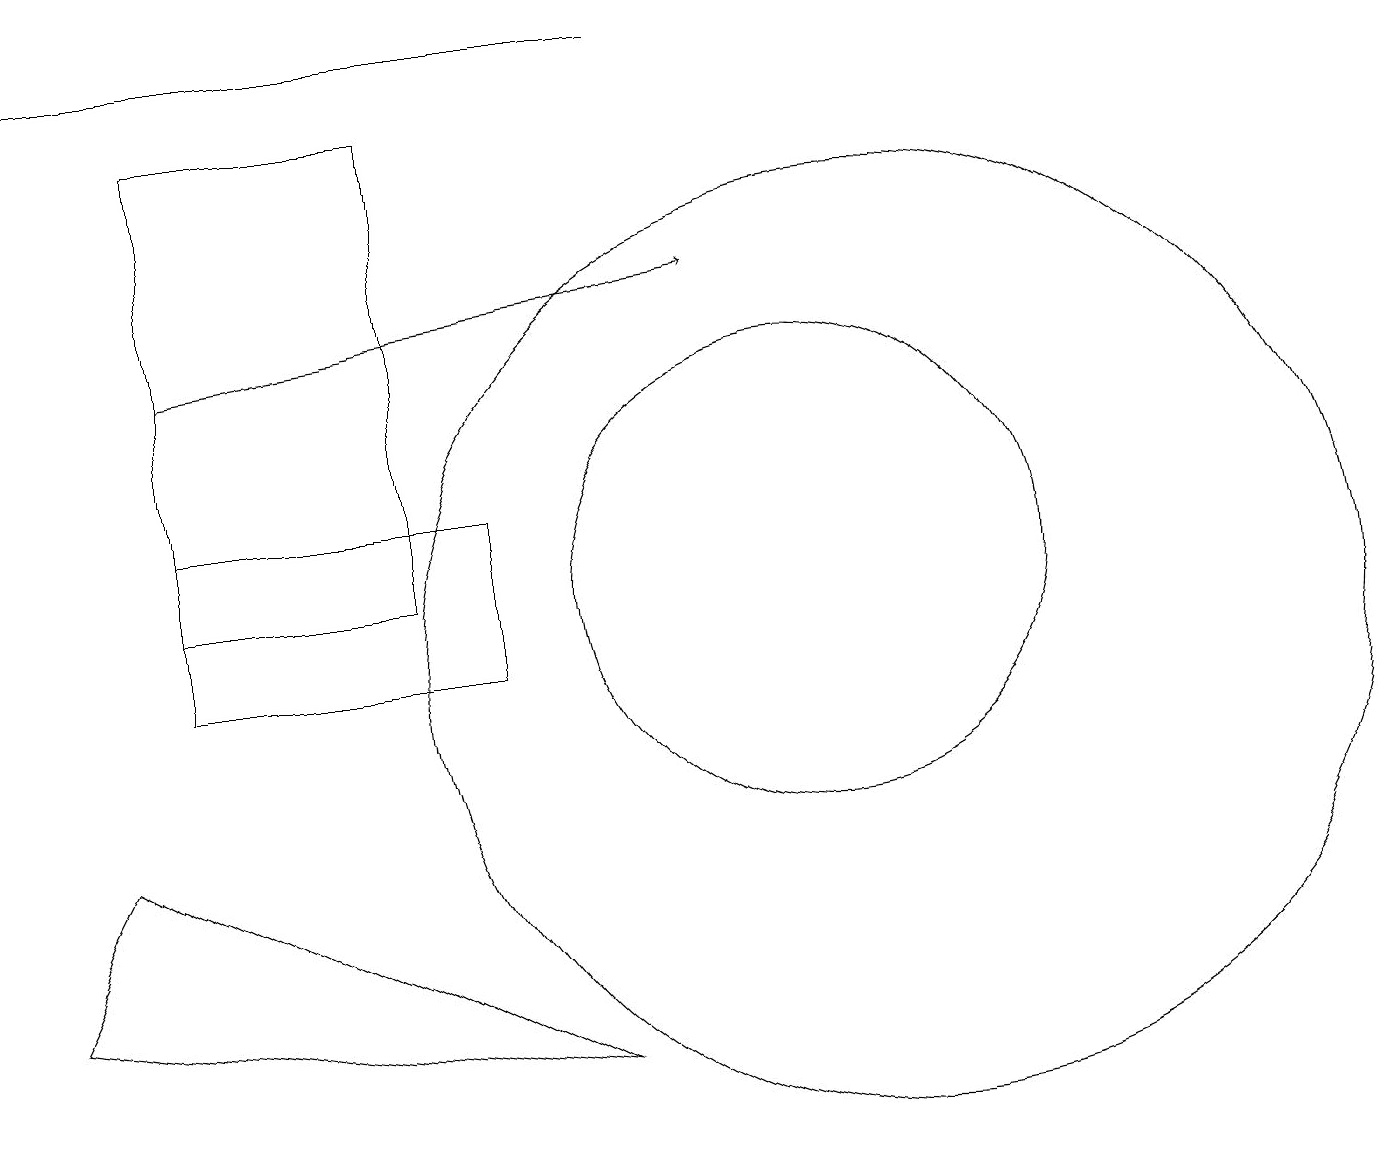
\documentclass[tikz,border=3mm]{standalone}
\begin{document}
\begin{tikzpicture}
\draw (10,11) circle (0);
\draw (10,11) circle (3);
\draw (11,10) circle (6);
\draw (5,11) rectangle (2,17);
\draw[->] (2,14) -- (9,15);
\draw (7,5) -- (0,6) -- (1,8) -- cycle;
\draw (0,18) rectangle (8,18);
\draw (2,10) rectangle (6,12);
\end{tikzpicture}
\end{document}